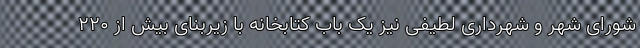
شورای شهر و شهرداری لطیفی نیز یک باب کتابخانه با زیربنای بیش از ۲۲۰